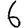
Digit: 6